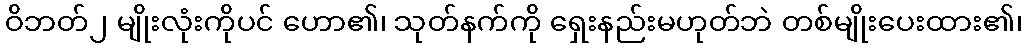
ဝိဘတ်၂ မျိုးလုံးကိုပင် ဟော၏၊ သုတ်နက်ကို ရှေးနည်းမဟုတ်ဘဲ တစ်မျိုးပေးထား၏၊